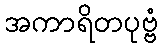
အကာရိတပုဗ္ဗံ